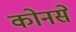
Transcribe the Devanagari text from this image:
कोनसे